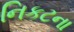
નિકટના